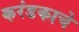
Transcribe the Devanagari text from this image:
करंडकाचे